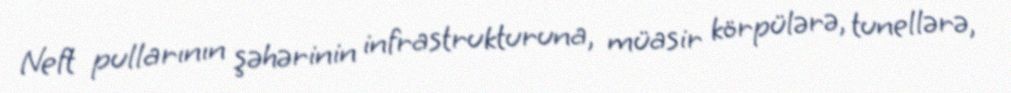
Neft pullarının şəhərinin infrastrukturuna, müasir körpülərə, tunellərə,